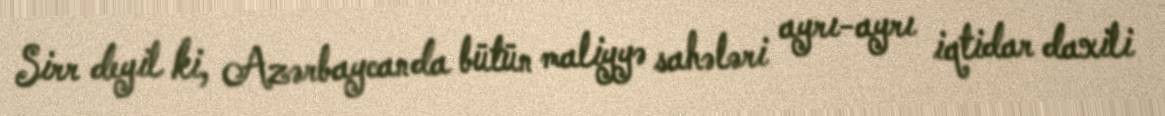
Sirr deyil ki, Azərbaycanda bütün maliyyə sahələri ayrı-ayrı iqtidar daxili